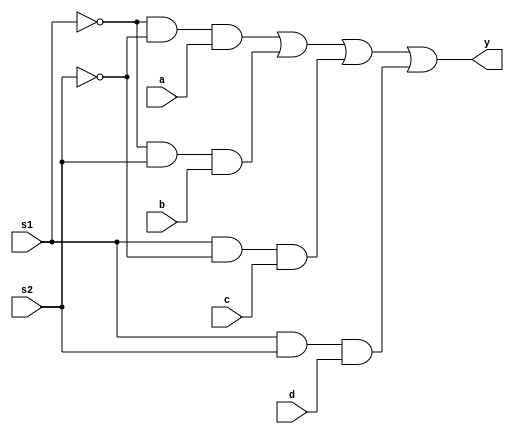
module mux_4x1_str(y,s1,s2,a,b,c,d);

input a,b,c,d,s1,s2;
output y;
wire [6:1]w;

not(w1,s1);
not(w2,s2);
and a1(w3,w1,w2,a);
and a2(w4,w1,s2,b);
and a3(w5,s1,w2,c);
and a4(w6,s1,s2,d);
or(y,w3,w4,w5,w6);
    
endmodule